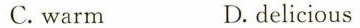
C.warm D.delicious